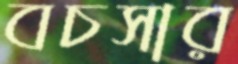
বচসার